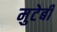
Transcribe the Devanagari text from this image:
मुटेबी